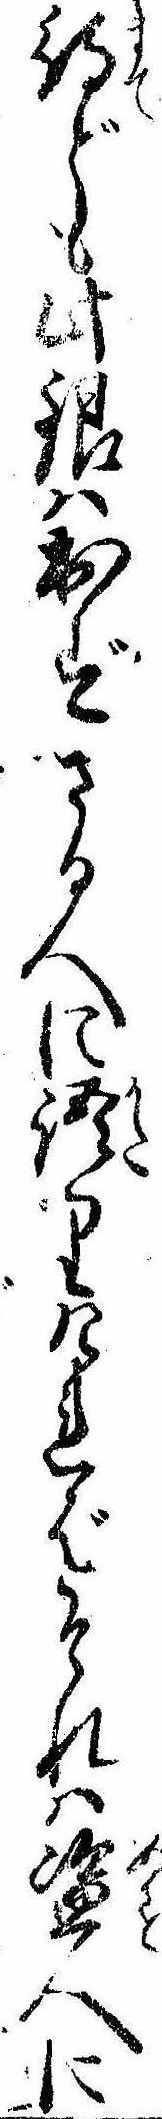
待ども此銀は出ずさる人に語りければそれは盗人に